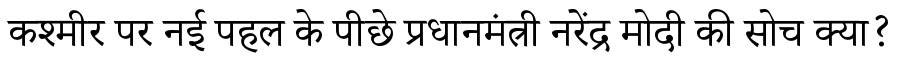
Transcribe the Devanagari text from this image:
कश्मीर पर नई पहल के पीछे प्रधानमंत्री नरेंद्र मोदी की सोच क्या?